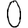
Digit: 0